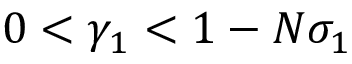
0 < \gamma _ { 1 } < 1 - N \sigma _ { 1 }